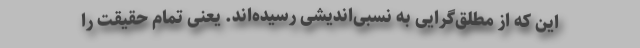
این که از مطلق‌گرایی به نسبی‌اندیشی رسیده‌اند. یعنی تمام حقیقت را